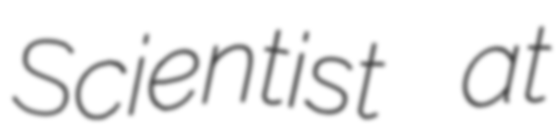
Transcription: Scientist at